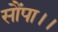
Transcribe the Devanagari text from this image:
सौंपा।।